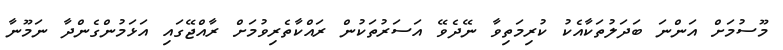
މޫސުމަށް އަންނަ ބަދަލުތަކާއެކު ކުރިމަތިވާ ނޭދެވޭ އަސަރުތަކުން ރައްކާތެރިވުމަށް ރާއްޖޭގައި އަޅަމުންގެންދާ ނަމޫނާ